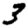
Digit: 3